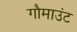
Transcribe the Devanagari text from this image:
गौमाउंट